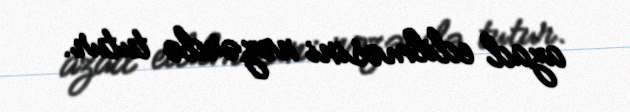
azad edilməsini nəzərdə tutur.